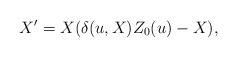
LaTeX: \begin{align*}X' = X (\delta(u,X) Z_0(u) - X),\end{align*}